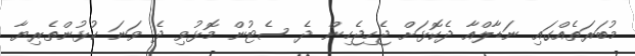
މުބަރަތެއްގައި ނަޑާލްއާ ދެކޮޅަށް ޖެހިޖެހިން ދެ ސެޓުން މޮޅުވި ދެ ވަނަ ކުޅުންތެރިޔާ